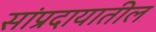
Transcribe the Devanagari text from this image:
सांप्रदायातील